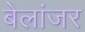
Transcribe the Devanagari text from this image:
बेलांजर